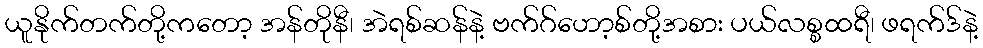
ယူနိုက်တက်တို့ကတော့ အန်တိုနီ၊ အဲရစ်ဆန်နဲ့ ဗက်ဂ်ဟော့စ်တို့အစား ပယ်လစ္စထရီ၊ ဖရက်ဒ်နဲ့